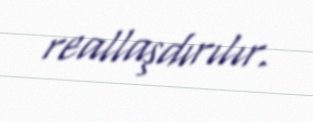
reallaşdırılır.